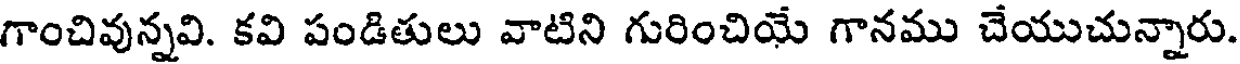
గాంచివున్నవి. కవి పండితులు వాటిని గురించియే గానము చేయుచున్నారు.